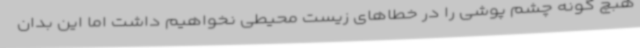
هبچ گونه چشم پوشی را در خطاهای زیست محیطی نخواهیم داشت اما این بدان